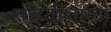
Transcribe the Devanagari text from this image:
संहिताशाखा